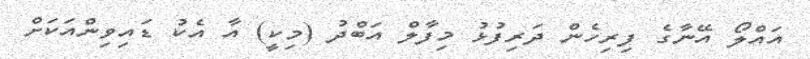
އައްލޯ އޭނާގެ ފިރިހެން ދަރިފުޅު މިފާލް އަބްދު (މިކީ) އާ އެކު ޑައިވިންއަކަށް